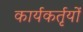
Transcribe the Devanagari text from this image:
कार्यकर्तृयों